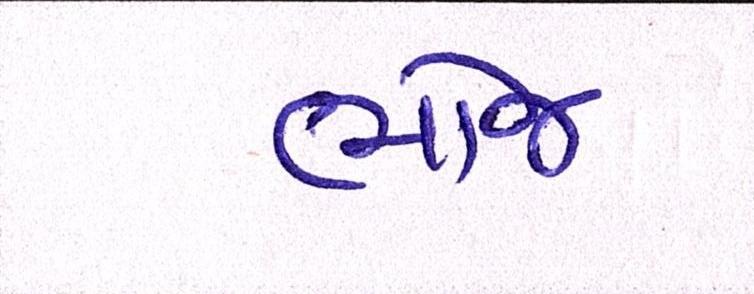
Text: ભોજ